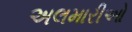
અલમારીઓ